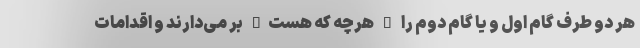
هر دو طرف گام اول و یا گام دوم را _ هرچه که هست_ بر می‌دارند و اقدامات